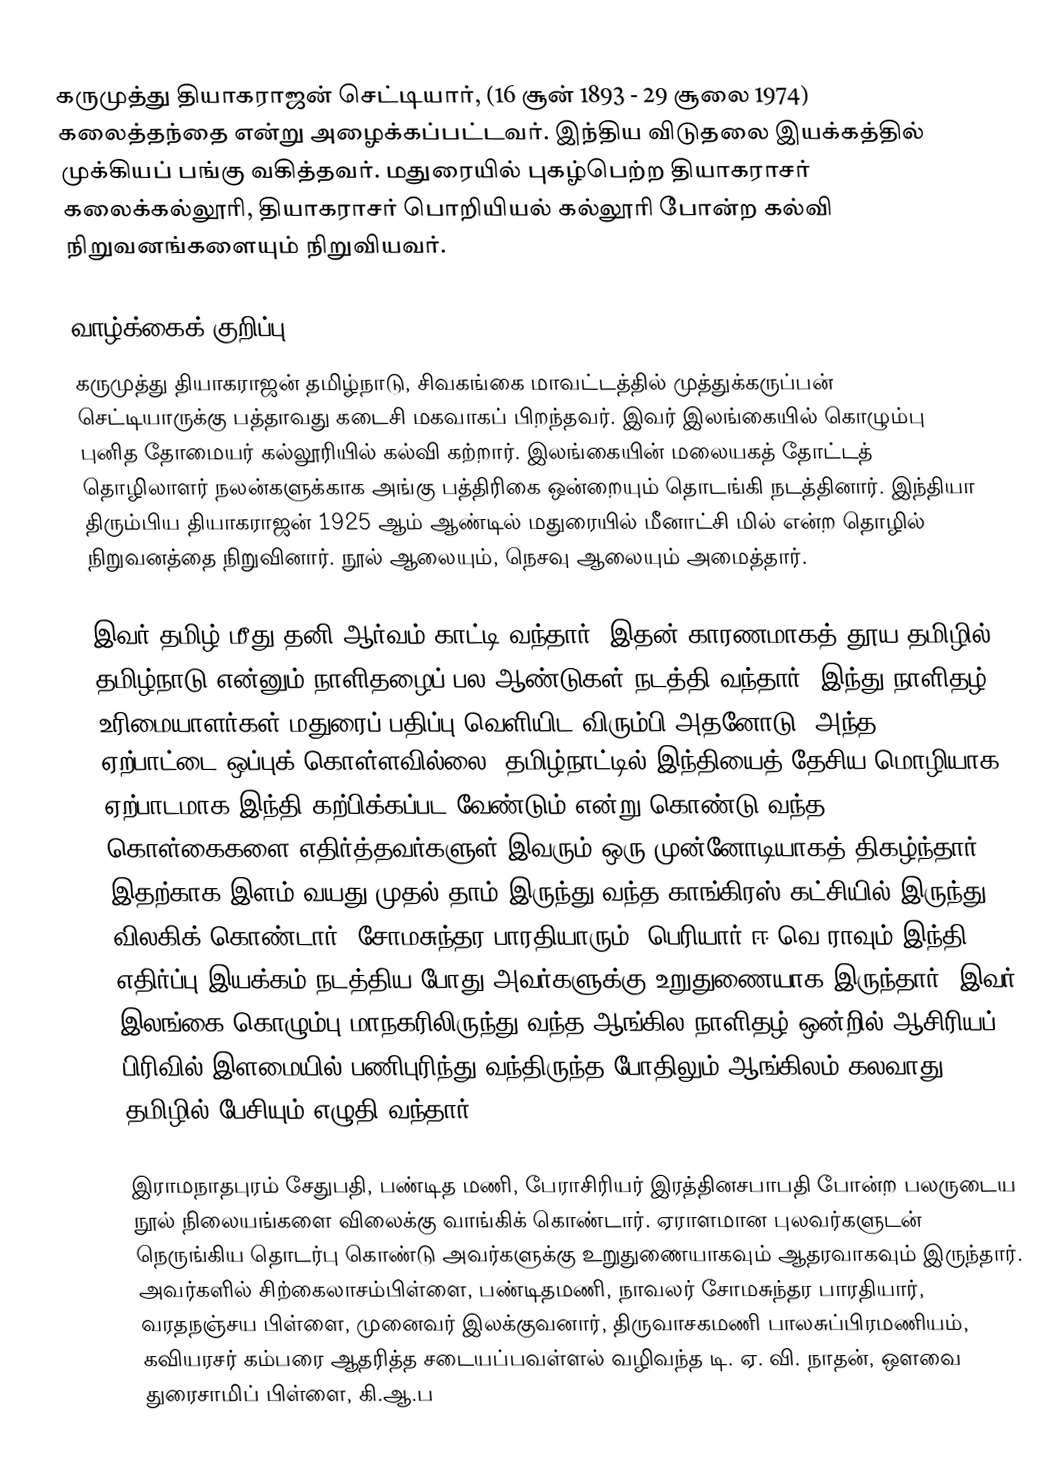
கருமுத்து தியாகராஜன் செட்டியார், (16 சூன் 1893 - 29 சூலை 1974) கலைத்தந்தை என்று அழைக்கப்பட்டவர். இந்திய விடுதலை இயக்கத்தில் முக்கியப் பங்கு வகித்தவர். மதுரையில் புகழ்பெற்ற தியாகராசர் கலைக்கல்லூரி, தியாகராசர் பொறியியல் கல்லூரி போன்ற கல்வி நிறுவனங்களையும் நிறுவியவர்.

வாழ்க்கைக் குறிப்பு
கருமுத்து தியாகராஜன் தமிழ்நாடு, சிவகங்கை மாவட்டத்தில் முத்துக்கருப்பன் செட்டியாருக்கு பத்தாவது கடைசி மகவாகப் பிறந்தவர். இவர் இலங்கையில் கொழும்பு புனித தோமையர் கல்லூரியில் கல்வி கற்றார். இலங்கையின் மலையகத் தோட்டத் தொழிலாளர் நலன்களுக்காக அங்கு பத்திரிகை ஒன்றையும் தொடங்கி நடத்தினார். இந்தியா திரும்பிய தியாகராஜன் 1925 ஆம் ஆண்டில் மதுரையில் மீனாட்சி மில் என்ற தொழில் நிறுவனத்தை நிறுவினார். நூல் ஆலையும், நெசவு ஆலையும் அமைத்தார்.

இவர் தமிழ் மீது தனி ஆர்வம் காட்டி வந்தார். இதன் காரணமாகத் தூய தமிழில் தமிழ்நாடு என்னும் நாளிதழைப் பல ஆண்டுகள் நடத்தி வந்தார். இந்து நாளிதழ் உரிமையாளர்கள் மதுரைப் பதிப்பு வெளியிட விரும்பி அதனோடு, அந்த ஏற்பாட்டை ஒப்புக் கொள்ளவில்லை. தமிழ்நாட்டில் இந்தியைத் தேசிய மொழியாக ஏற்பாடமாக இந்தி கற்பிக்கப்பட வேண்டும் என்று கொண்டு வந்த கொள்கைகளை எதிர்த்தவர்களுள் இவரும் ஒரு முன்னோடியாகத் திகழ்ந்தார். இதற்காக இளம் வயது முதல் தாம் இருந்து வந்த காங்கிரஸ் கட்சியில் இருந்து விலகிக் கொண்டார். சோமசுந்தர பாரதியாரும், பெரியார் ஈ.வெ.ராவும் இந்தி எதிர்ப்பு இயக்கம் நடத்திய போது அவர்களுக்கு உறுதுணையாக இருந்தார். இவர் இலங்கை கொழும்பு மாநகரிலிருந்து வந்த ஆங்கில நாளிதழ் ஒன்றில் ஆசிரியப் பிரிவில் இளமையில் பணிபுரிந்து வந்திருந்த போதிலும் ஆங்கிலம் கலவாது தமிழில் பேசியும் எழுதி வந்தார்.

இராமநாதபுரம் சேதுபதி, பண்டித மணி, பேராசிரியர் இரத்தினசபாபதி போன்ற பலருடைய நூல் நிலையங்களை விலைக்கு வாங்கிக் கொண்டார். ஏராளமான புலவர்களுடன் நெருங்கிய தொடர்பு கொண்டு அவர்களுக்கு உறுதுணையாகவும் ஆதரவாகவும் இருந்தார். அவர்களில் சிற்கைலாசம்பிள்ளை, பண்டிதமணி, நாவலர் சோமசுந்தர பாரதியார், வரதநஞ்சய பிள்ளை, முனைவர் இலக்குவனார், திருவாசகமணி பாலசுப்பிரமணியம், கவியரசர் கம்பரை ஆதரித்த சடையப்பவள்ளல் வழிவந்த டி. ஏ. வி. நாதன், ஒளவை துரைசாமிப் பிள்ளை, கி.ஆ.ப